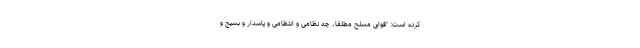
کرده است: "قوای مسلح مطلقاً، چه نظامی و انتظامی و پاسدار و بسیج و